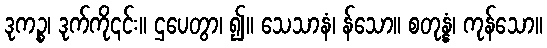
ဒုကဉ္စ၊ ဒုက်ကို၎င်း။ ဌပေတွာ၊ ၍။ သေသာနံ၊ န်သော။ စတုန္နံ၊ ကုန်သော။